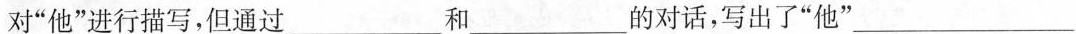
对”他”进行描写，但通过___和___的对话，写出了”他”___